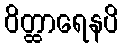
ဝိတ္ထာရေနပိ